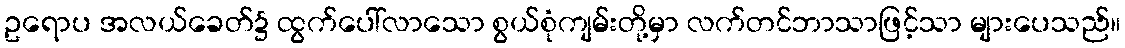
ဥရောပ အလယ်ခေတ်၌ ထွက်ပေါ်လာသော စွယ်စုံကျမ်းတို့မှာ လက်တင်ဘာသာဖြင့်သာ များပေသည်။